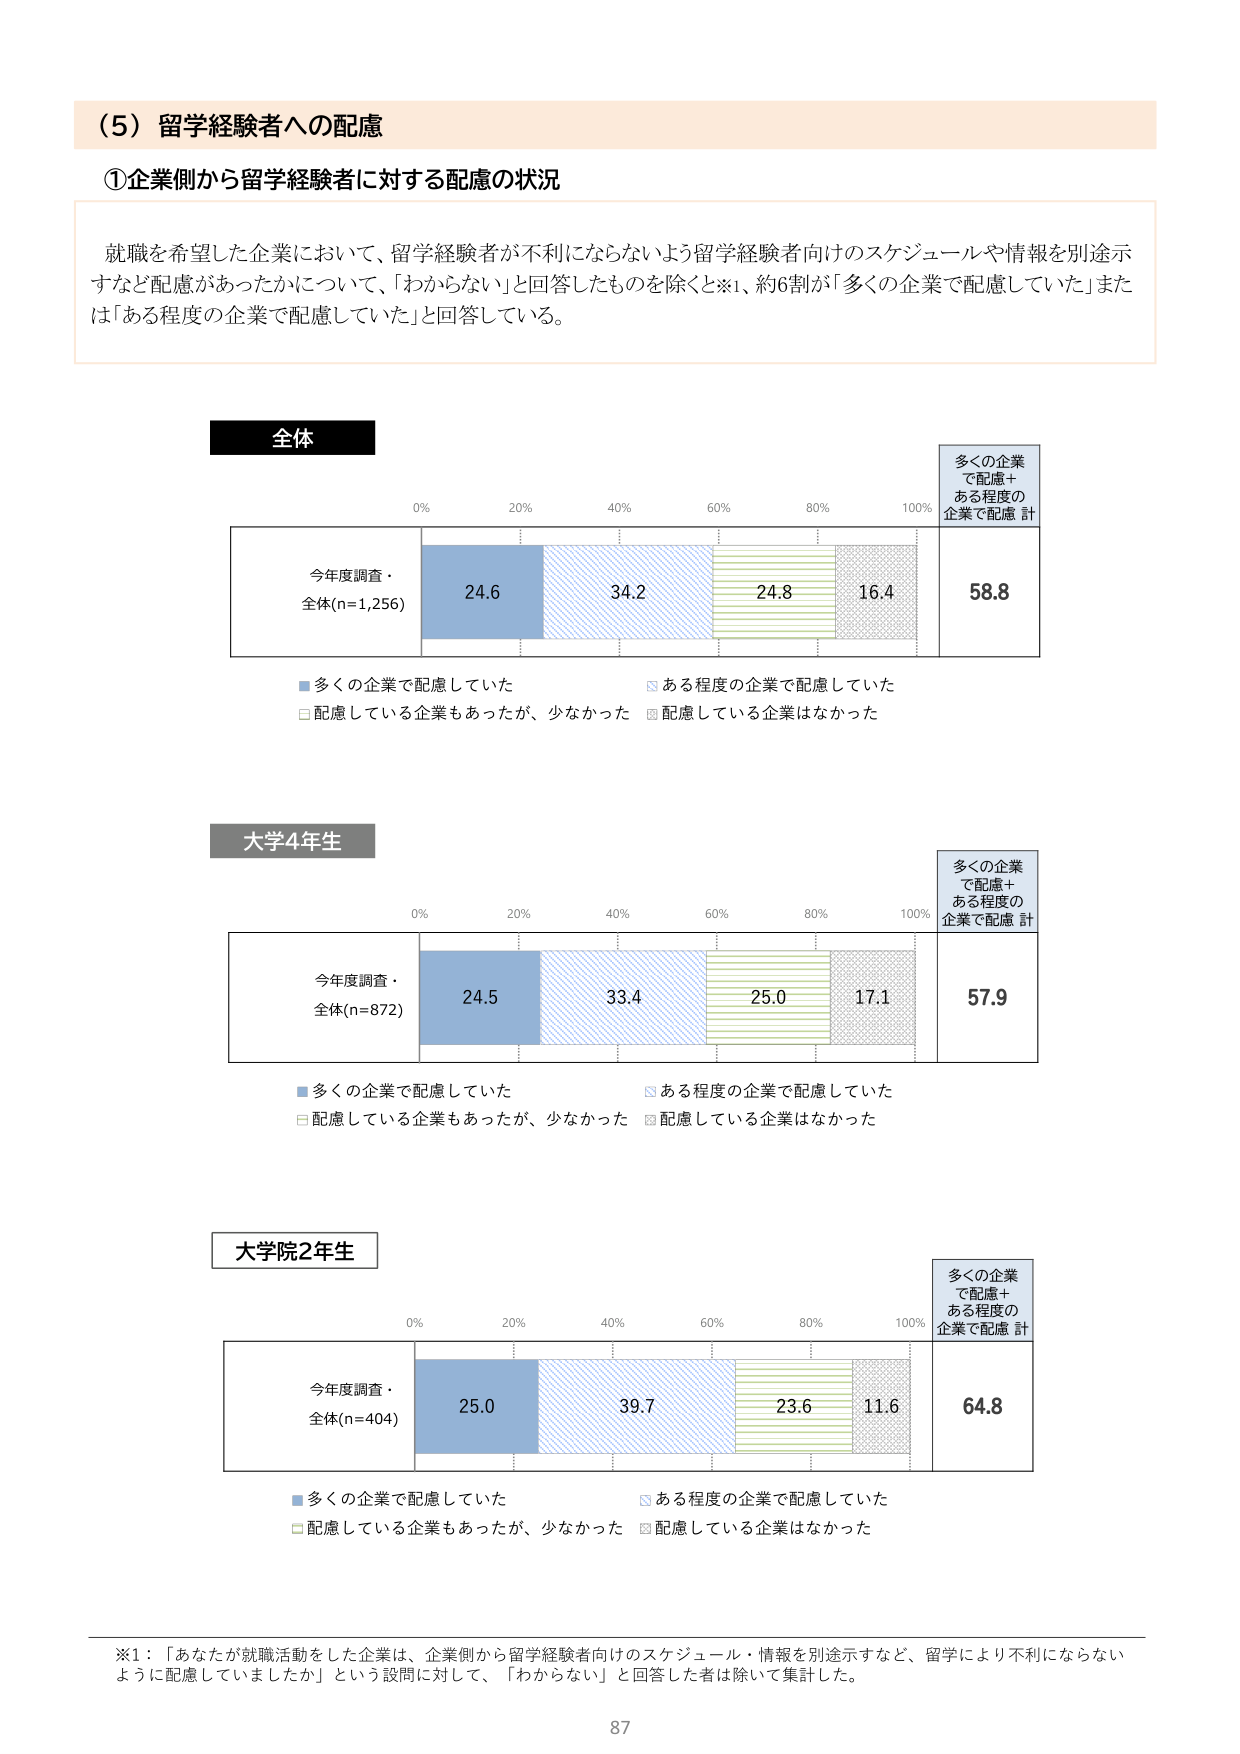
（5）留学経験者への配慮

①企業側から留学経験者に対する配慮の状況

就職を希望した企業において、留学経験者が不利にならないよう留学経験者向けのスケジュールや情報を別途示すなど配慮があったかについて、「わからない」と回答したものを除くと※1、約6割が「多くの企業で配慮していた」または「ある程度の企業で配慮していた」と回答している。

全体

今年度調査・全体(n=1,256)
24.6　34.2　24.8　16.4　58.8

多くの企業で配慮していた
ある程度の企業で配慮していた
配慮している企業もあったが、少なかった
配慮している企業はなかった

多くの企業で配慮＋ある程度の企業で配慮 計

大学4年生

今年度調査・全体(n=872)
24.5　33.4　25.0　17.1　57.9

多くの企業で配慮していた
ある程度の企業で配慮していた
配慮している企業もあったが、少なかった
配慮している企業はなかった

多くの企業で配慮＋ある程度の企業で配慮 計

大学院2年生

今年度調査・全体(n=404)
25.0　39.7　23.6　11.6　64.8

多くの企業で配慮していた
ある程度の企業で配慮していた
配慮している企業もあったが、少なかった
配慮している企業はなかった

多くの企業で配慮＋ある程度の企業で配慮 計

※1：「あなたが就職活動をした企業は、企業側から留学経験者向けのスケジュール・情報を別途示すなど、留学により不利にならないように配慮していましたか」という設問に対して、「わからない」と回答した者は除いて集計した。

87